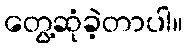
တွေ့ဆုံခဲ့တာပါ။